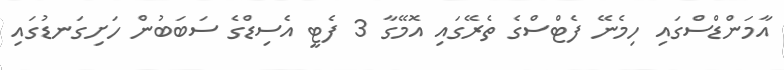
އާާމަންޑްސްގައި ހިމެނޭ ފެޓްސްގެ ތެރޭގައި އޮމޭގާ 3 ފެޓީ އެސިޑްގެ ސަބަބުން ހަށިގަނޑުގައި